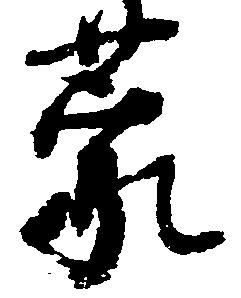
蒙